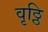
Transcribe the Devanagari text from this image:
वृठ्ठि